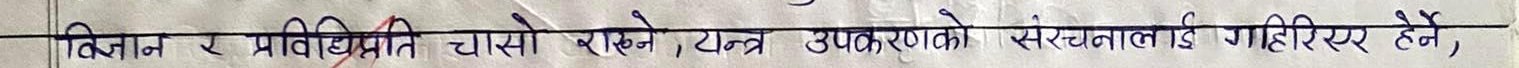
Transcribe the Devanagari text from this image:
विज्ञान र प्रविधिप्रति चासो राख्ने, यन्त्र उपकरणको संरचनालाई गहिरिएर हेर्ने,